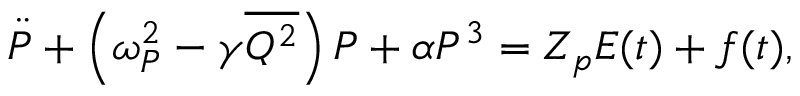
\Ddot { P } + \left( \omega _ { P } ^ { 2 } - \gamma \overline { { Q ^ { 2 } } } \right) P + \alpha P ^ { 3 } = Z _ { p } E ( t ) + f ( t ) ,